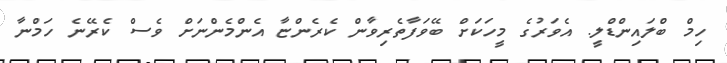
ހިމް ބްލައިންޑްލީ. އެވަރުގެ މީހަކަށް ބޭވަފާތެރިވާން ކެރެންޏާ އެންމެންނަށް ވެސް ކެރޭނެ ހަމްނާ